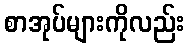
စာအုပ်များကိုလည်း